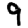
Digit: 9